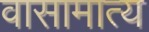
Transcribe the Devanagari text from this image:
वासामात्य